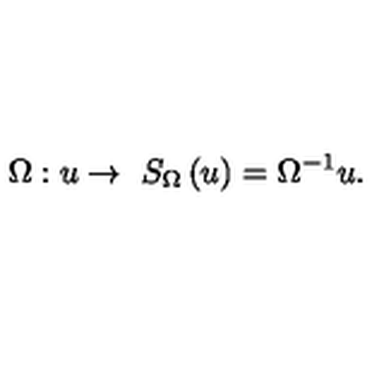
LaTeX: \Omega : u \rightarrow \ { S _ { \Omega } } \left( u \right) = { { \Omega } ^ { - 1 } } u .